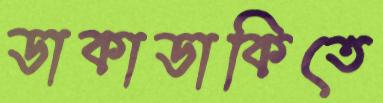
ডাকাডাকিতে